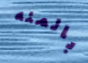
بالمئه